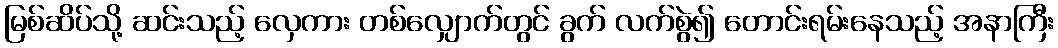
မြစ်ဆိပ်သို့ ဆင်းသည့် လှေကား တစ်လျှောက်တွင် ခွက် လက်စွဲ၍ တောင်းရမ်းနေသည့် အနာကြီး